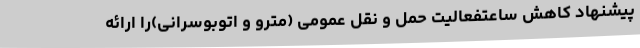
پیشنهاد کاهش ساعتفعالیت حمل و نقل عمومی (مترو و اتوبوسرانی)را ارائه